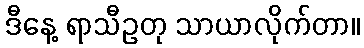
ဒီနေ့ ရာသီဥတု သာယာလိုက်တာ။